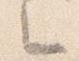
之